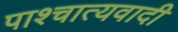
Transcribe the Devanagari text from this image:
पाश्चात्यवादी